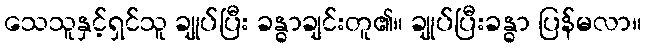
သေသူနှင့်ရှင်သူ ချုပ်ပြီး ခန္ဓာချင်းတူ၏။ ချုပ်ပြီးခန္ဓာ ပြန်မလာ။